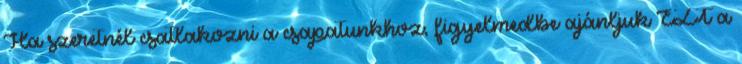
Ha szeretnél csatlakozni a csapatunkhoz, figyelmedbe ajánljuk EZT a